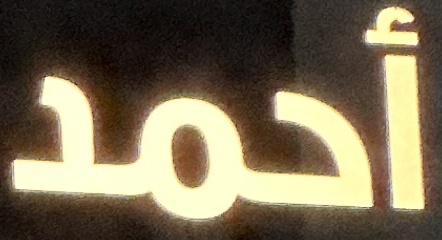
أحمد